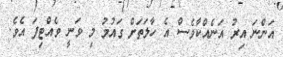
އަންނަ އިރު އަނެއްކާވެސް އެ ހާލަތަށް ގައުމު މި ވަނީ ވެއްޓިފަ އެވެ.